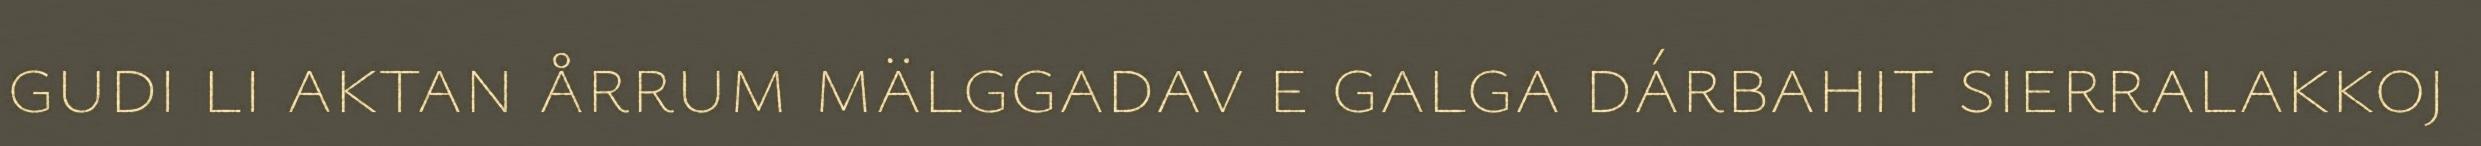
gudi li aktan årrum mälggadav e galga dárbahit sierralakkoj